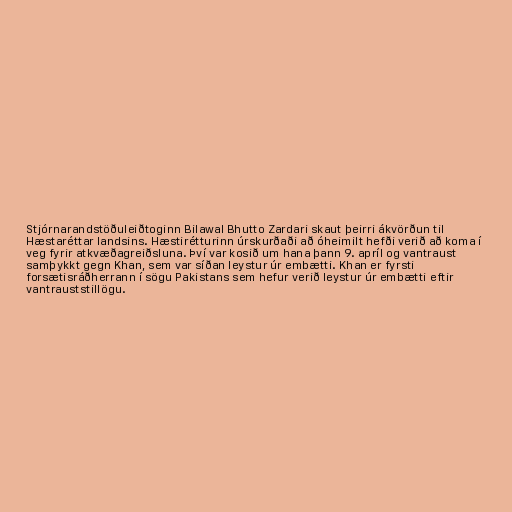
Stjórnarandstöðuleiðtoginn Bilawal Bhutto Zardari skaut þeirri ákvörðun til
Hæstaréttar landsins. Hæstirétturinn úrskurðaði að óheimilt hefði verið að koma í
veg fyrir atkvæðagreiðsluna. Því var kosið um hana þann 9. apríl og vantraust
samþykkt gegn Khan, sem var síðan leystur úr embætti. Khan er fyrsti
forsætisráðherrann í sögu Pakistans sem hefur verið leystur úr embætti eftir
vantrauststillögu.